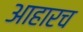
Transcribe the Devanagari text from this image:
आहारच